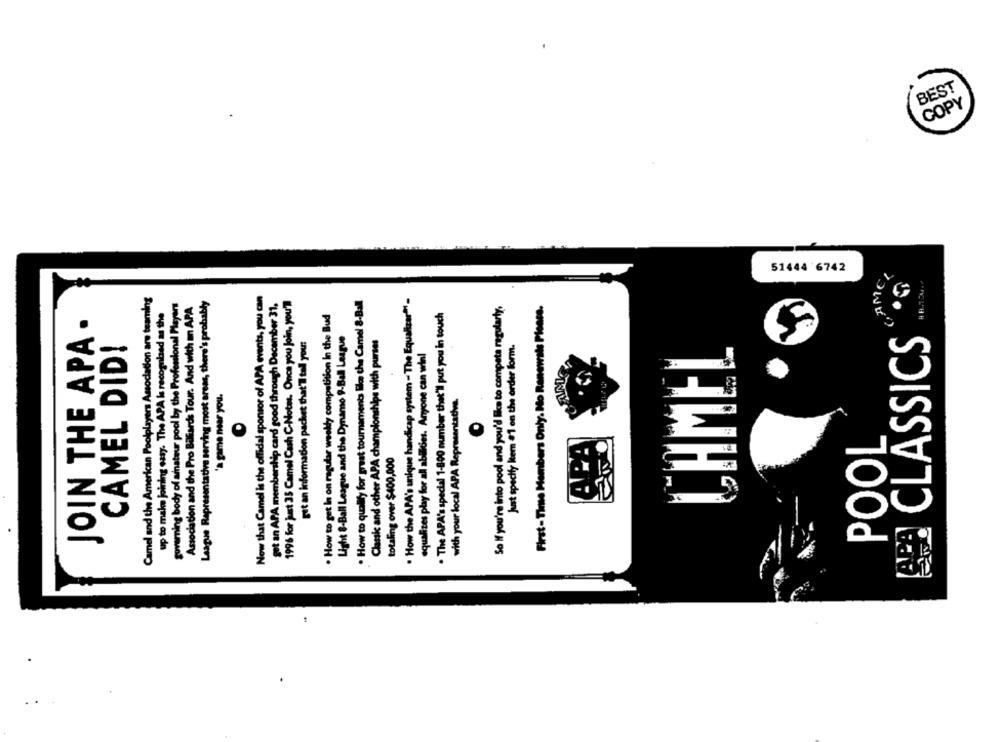
BEST
FOPL
51444 6742
CAMEL
Camel and the American Poolplayers Association are teaming
Now that Camel is the official sponsor of APA events, you can
. How the APA's unique handicap system - The Equalizer?"-
governing body of ainateur pool by the Professional Players
League Representative serving most areas, there's probably
get an APA membership card good through December 31,
1996 for just 35 Camel Cash C-Notes. Once you Join, you'll
. How to qually for great tournaments like the Camel 8-Ball
First- Time Members Only. No Renewals Pleare.
up to make joining easy. The APA Is recognized as the
Association and the Pro Bilards Tour. And wich m APA
. The APA's special 1-800 number that'll put you in touch
So If you're into pool and you'd like to compete regularly.
. How to get In on regular weekly competition In the Bud
JOIN THE APA
Light 8-Ball League and the Dynamo 9-Ball League
CAMEL DID!
pit an information packet that'll tall you:
Classic and other APA championships with purses
CLASSICS
Just specify ktem #1 on the order form.
equalizes play for all abilities. Anyone can winl
CHMEL
"a game mear you.
with your local APA Representative.
O
POOL
totaling over $400,000